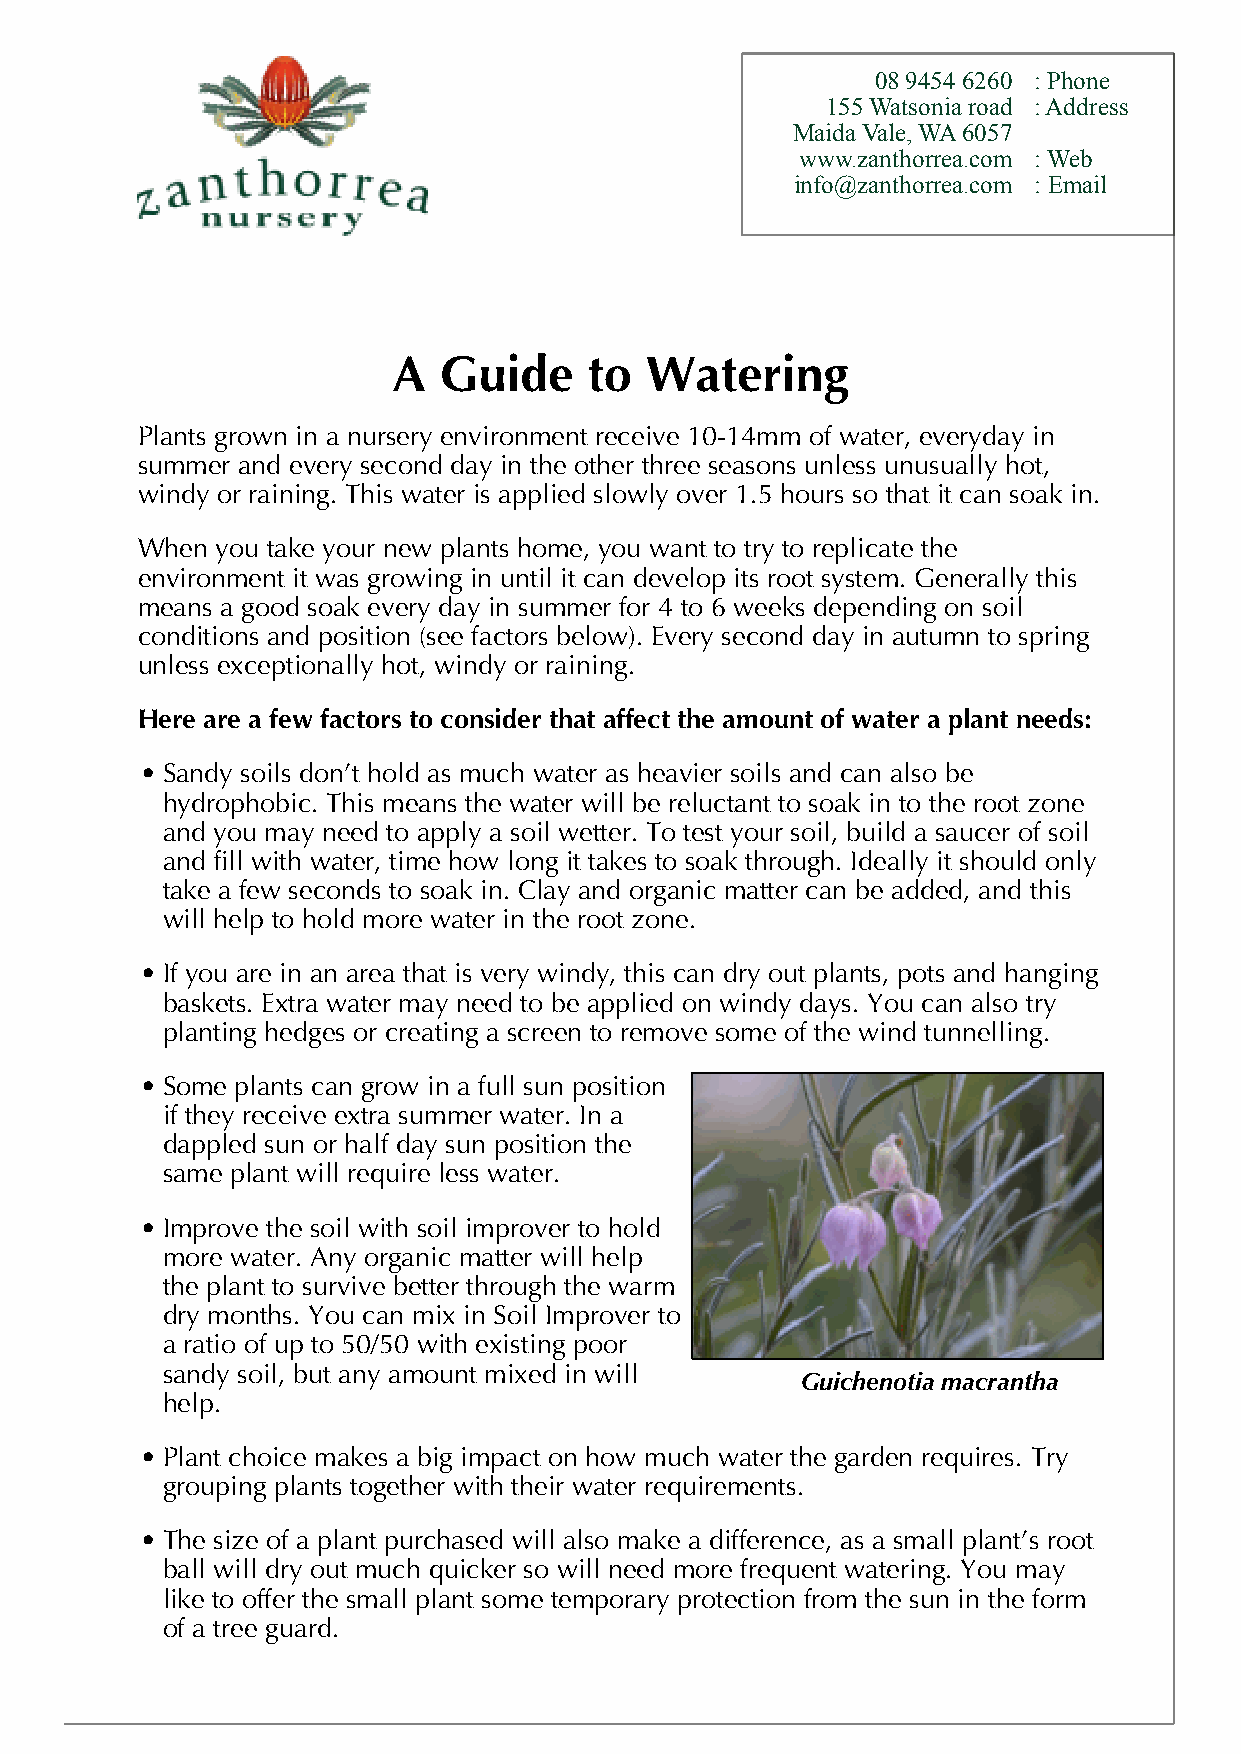
0894546260 :Phone
 155Watsoniaroad :Address
 MaidaVale,WA6057
 www.zanthorrea.com :Web
 info@zanthorrea.com :Email
 A  Guide     to  Watering
 Plants grown in a nursery environment receive 10-14mm of water, everyday in
 summer and every second day in the other three seasons unless unusually hot,
 windy or raining. This water is applied slowly over 1.5 hours so that it can soak in.
 When you take your new plants home, you want to try to replicate the
 environment it was growing in until it can develop its root system. Generally this
 means a good soak every day in summer for 4 to 6 weeks depending on soil
 conditions and position (see factors below). Every second day in autumn to spring
 unless exceptionally hot, windy or raining.
 Here are a few factors to consider that affect the amount of water a plant needs:
 • Sandy soils don’t hold as much water as heavier soils and can also be
 hydrophobic. This means the water will be reluctant to soak in to the root zone
 and you may need to apply a soil wetter. To test your soil, build a saucer of soil
 and fill with water, time how long it takes to soak through. Ideally it should only
 take a few seconds to soak in. Clay and organic matter can be added, and this
 will help to hold more water in the root zone.
 • If you are in an area that is very windy, this can dry out plants, pots and hanging
 baskets. Extra water may need to be applied on windy days. You can also try
 planting hedges or creating a screen to remove some of the wind tunnelling.
 • Some plants can grow in a full sun position
 if they receive extra summer water. In a
 dappled sun or half day sun position the
 same plant will require less water.
 • Improve the soil with soil improver to hold
 more water. Any organic matter will help
 the plant to survive better through the warm
 dry months. You can mix in Soil Improver to
 a ratio of up to 50/50 with existing poor
 sandy soil, but any amount mixed in will
 Guichenotia macrantha
 help.
 • Plant choice makes a big impact on how much water the garden requires. Try
 grouping plants together with their water requirements.
 • The size of a plant purchased will also make a difference, as a small plant’s root
 ball will dry out much quicker so will need more frequent watering. You may
 like to offer the small plant some temporary protection from the sun in the form
 of a tree guard.